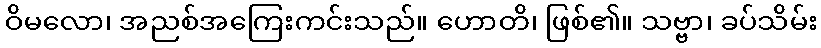
ဝိမလော၊ အညစ်အကြေးကင်းသည်။ ဟောတိ၊ ဖြစ်၏။ သဗ္ဗာ၊ ခပ်သိမ်း